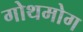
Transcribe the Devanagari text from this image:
गोथमोग